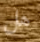
هل